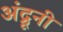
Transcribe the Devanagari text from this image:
अंद्रूनी